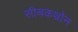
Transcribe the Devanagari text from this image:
सीबकथ्रोन